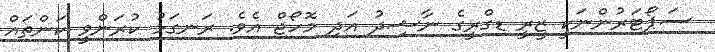
ސަޕޯޓަރުންނަކީ ޒީރީ ޑިގްރީގެ ނާޝިދު އަދި މޮހޯޖް އެވެ. ރަނގަޅު ކުރަންވީ ކަންތައް